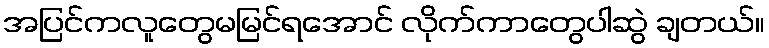
အပြင်ကလူတွေမမြင်ရအောင် လိုက်ကာတွေပါဆွဲ ချတယ်။